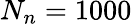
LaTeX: N_{n}=1000